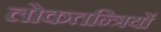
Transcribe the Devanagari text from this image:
लोकतन्त्रियों